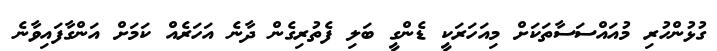
ގުޅުންހުރި މުއައްސަސާތަކަށް މިއަހަރަކީ ޑެންގީ ބަލި ފެތުރިގެން ދާނެ އަހަރެއް ކަމަށް އަންގާފައިވާނެ